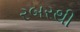
રબરથી